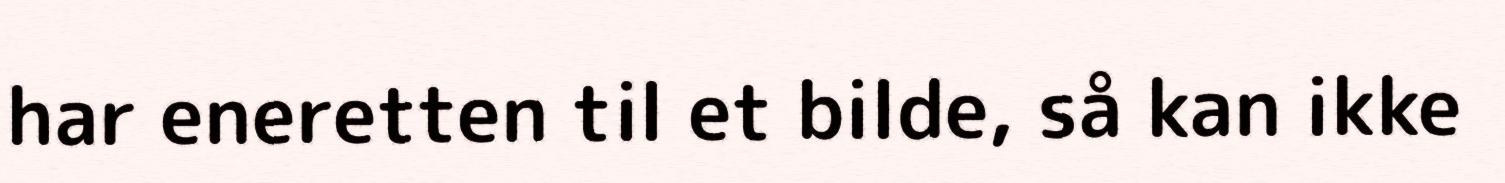
har eneretten til et bilde, så kan ikke